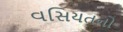
વસિયતનો